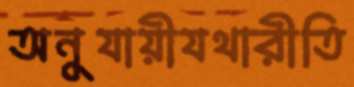
অনুযায়ীযথারীতি